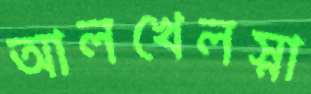
আলখেলস্না